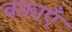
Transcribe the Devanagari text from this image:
वफ़ाएँ